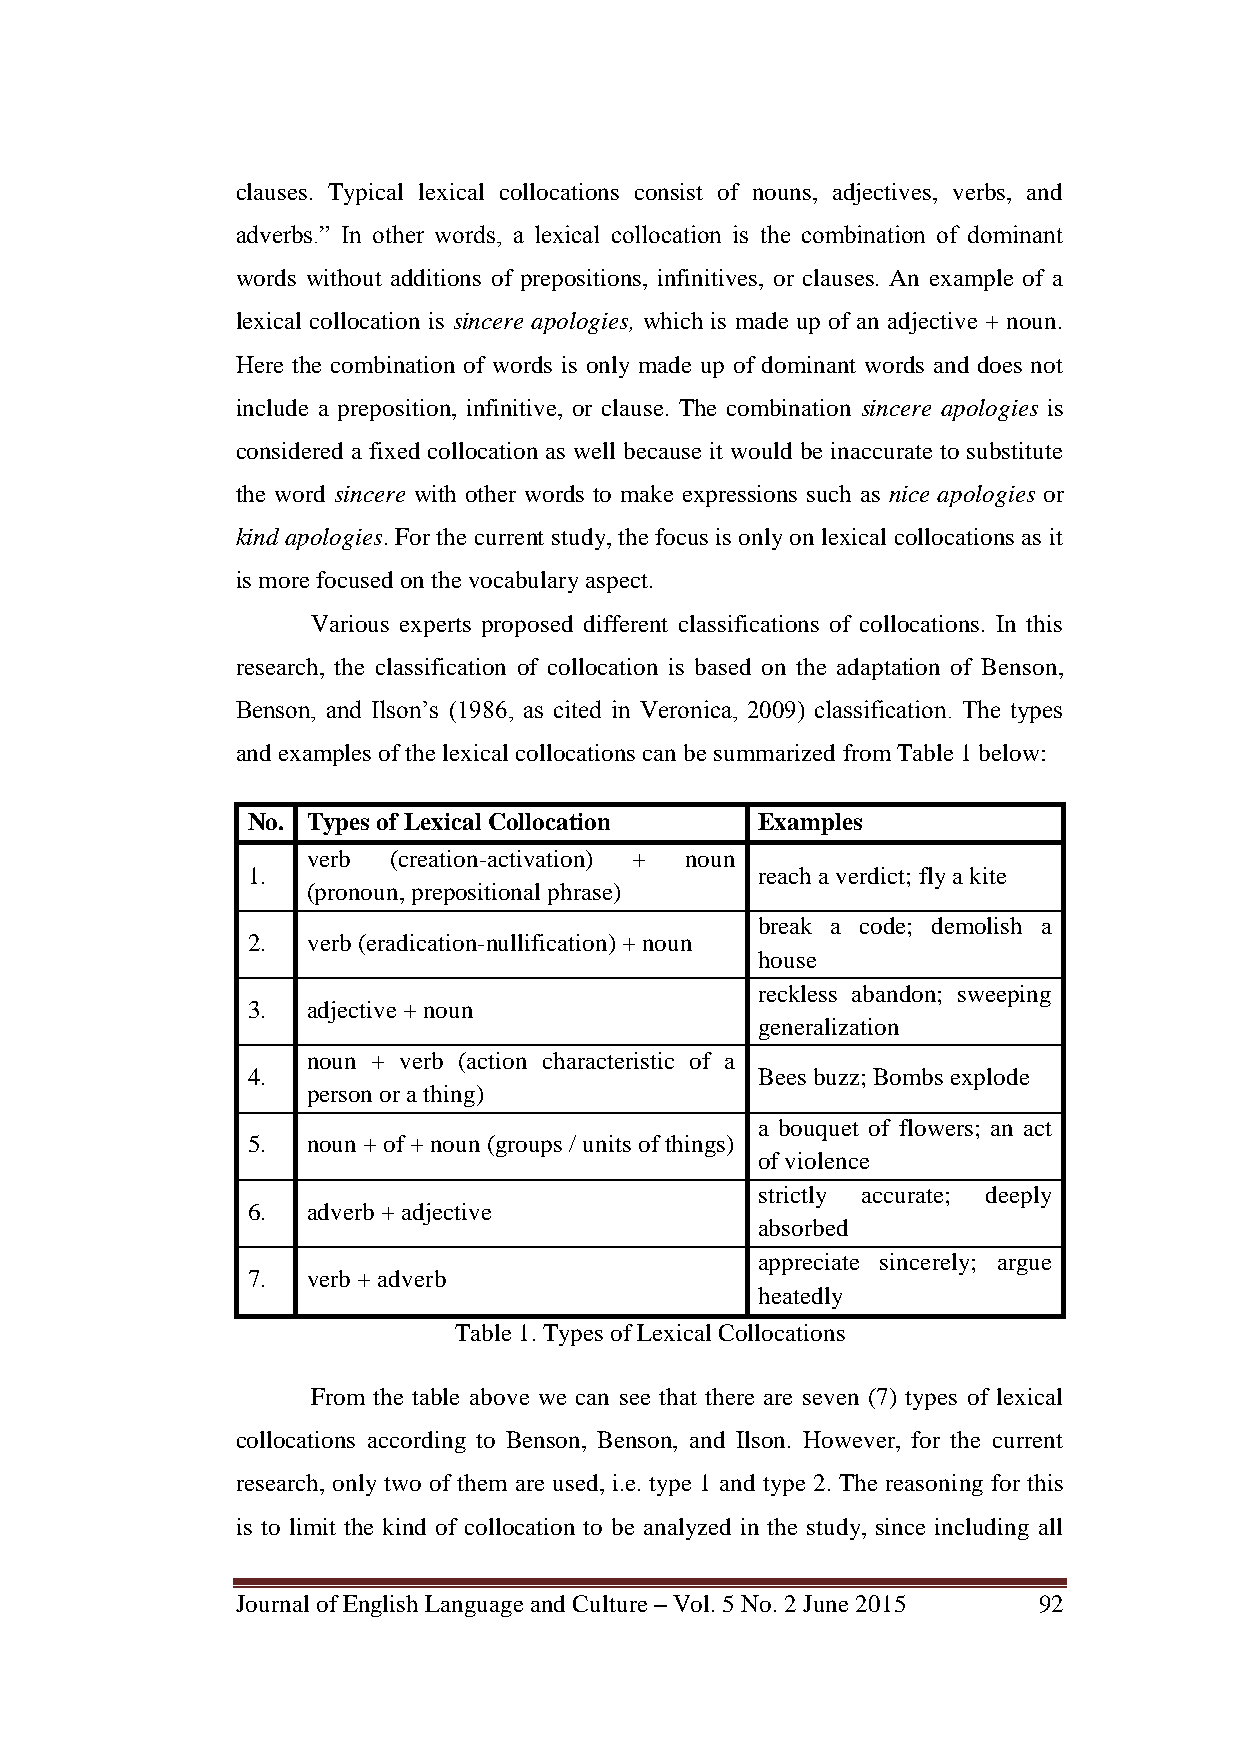
clauses. Typical lexical collocations consist of nouns, adjectives, verbs, and
 adverbs.‖ In other words, a lexical collocation is the combination of dominant
 words without additions of prepositions, infinitives, or clauses. An example of a
 lexical collocation is sincere apologies, which is made up of an adjective + noun.
 Here the combination of words is only made up of dominant words and does not
 include a preposition, infinitive, or clause. The combination sincere apologies is
 considered a fixed collocation as well because it would be inaccurate to substitute
 the word sincere with other words to make expressions such as nice apologies or
 kind apologies. For the current study, the focus is only on lexical collocations as it
 is more focused on the vocabulary aspect.
 Various experts proposed different classifications of collocations. In this
 research, the classification of collocation is based on the adaptation of Benson,
 Benson, and Ilson‘s (1986, as cited in Veronica, 2009) classification. The types
 and examples of the lexical collocations can be summarized from Table 1 below:
 No. Types of Lexical Collocation  Examples
 verb  (creation-activation) + noun
 1.                                reach a verdict; fly a kite
 (pronoun, prepositional phrase)
 break a code; demolish a
 2.  verb (eradication-nullification) + noun
 house
 reckless abandon; sweeping
 3.  adjective + noun
 generalization
 noun + verb (action characteristic of a
 4.                                Bees buzz; Bombs explode
 person or a thing)
 a bouquet of flowers; an act
 5.  noun + of + noun (groups / units of things)
 of violence
 strictly accurate; deeply
 6.  adverb + adjective
 absorbed
 appreciate sincerely; argue
 7.  verb + adverb
 heatedly
 Table 1. Types of Lexical Collocations
 From the table above we can see that there are seven (7) types of lexical
 collocations according to Benson, Benson, and Ilson. However, for the current
 research, only two of them are used, i.e. type 1 and type 2. The reasoning for this
 is to limit the kind of collocation to be analyzed in the study, since including all
 Journal of English Language and Culture – Vol. 5 No. 2 June 2015 92